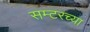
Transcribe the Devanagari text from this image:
सम्टरच्या